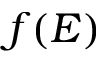
f ( E )